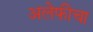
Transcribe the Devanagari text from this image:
अलेफीचा